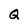
Character: Q